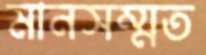
মানসম্মত